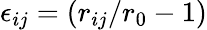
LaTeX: \epsilon_{ij}=(r_{ij}/r_{0}-1)